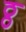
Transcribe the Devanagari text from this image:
ठ्ठ